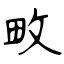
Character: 畋